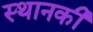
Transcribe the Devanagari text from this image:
स्‍थानकी